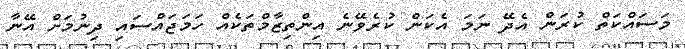
މަސައްކަތް ކުރަން އެދޭ ނަމަ އެކަން ކުރެވޭނެ އިންތިޒާމްތަކެއް ހަމަޖައްސައި ދިނުމަށް އޭނާ